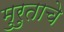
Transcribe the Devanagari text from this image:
मुरुताचे